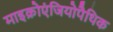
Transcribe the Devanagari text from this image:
माइक्रोएंजियोपैथिक